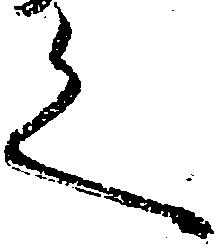
く